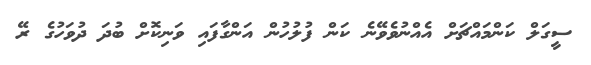
ސީގަލް ކަންމައްޗަށް އެއްނުވެވޭނެ ކަން ފުލުހުން އަންގާފައި ވަނިކޮށް ބުދަ ދުވަހުގެ ރޭ